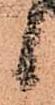
候